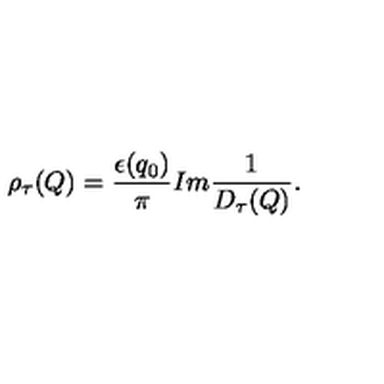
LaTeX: \displaystyle { \raisebox { 0 . 9 e x } { \scriptsize { \diamond } } } \mathrm { } \rho _ { \tau } ( Q ) = \frac { \epsilon ( q _ { 0 } ) } { \pi } I m \frac { 1 } { \displaystyle { \raisebox { 1 . 1 e x } { \scriptsize { \diamond } } } \mathrm { } D _ { \tau } ( Q ) } .